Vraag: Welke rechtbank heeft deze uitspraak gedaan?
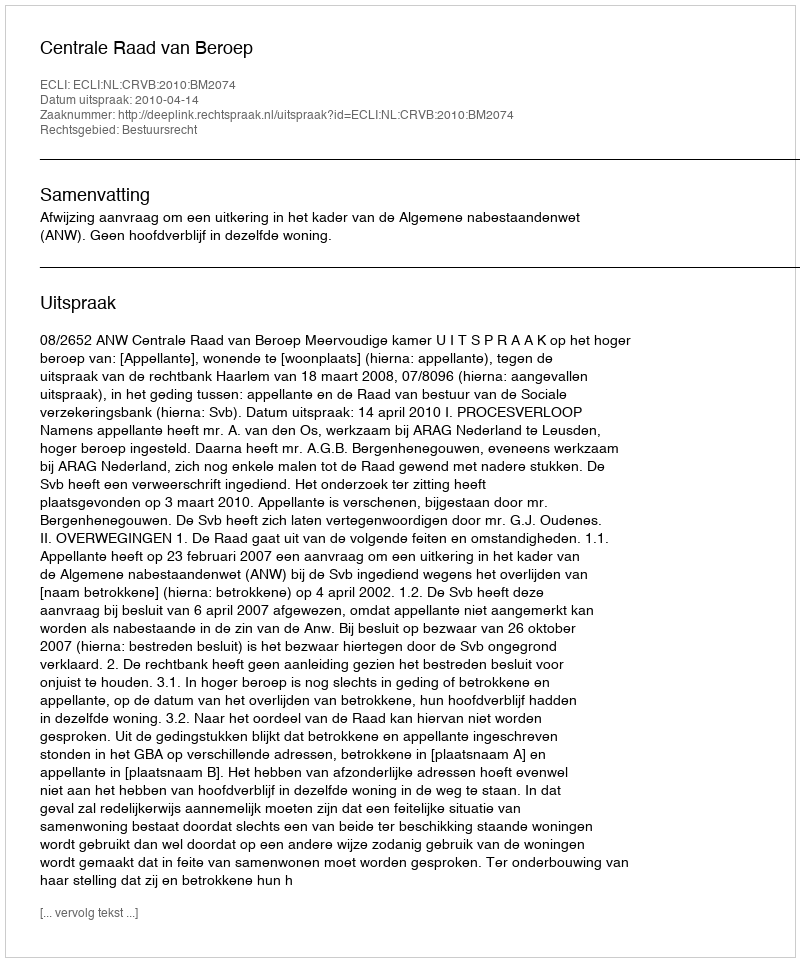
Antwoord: Centrale Raad van Beroep